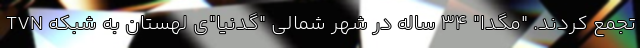
تجمع کردند. "مگدا" 34 ساله در شهر شمالی "گدنیا"ی لهستان به شبکه TVN